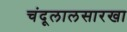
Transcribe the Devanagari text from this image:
चंदूलालसारखा